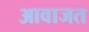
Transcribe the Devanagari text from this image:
आवाजत